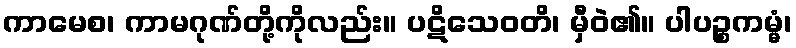
ကာမေစ၊ ကာမဂုဏ်တို့ကိုလည်း။ ပဋိသေဝတိ၊ မှီဝဲ၏။ ပါပဉ္စကမ္မံ၊